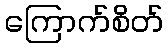
ကြောက်စိတ်